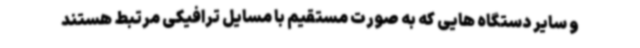
و سایر دستگاه هایی که به صورت مستقیم با مسایل ترافیکی مرتبط هستند